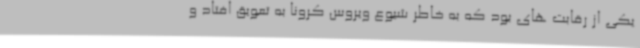
یکی از رقابت های بود که به خاطر شیوع ویروس کرونا به تعویق افتاد و